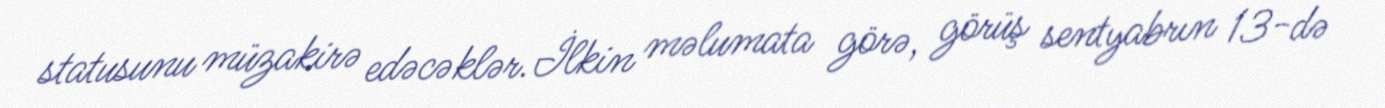
statusunu müzakirə edəcəklər.İlkin məlumata görə, görüş sentyabrın 13-də